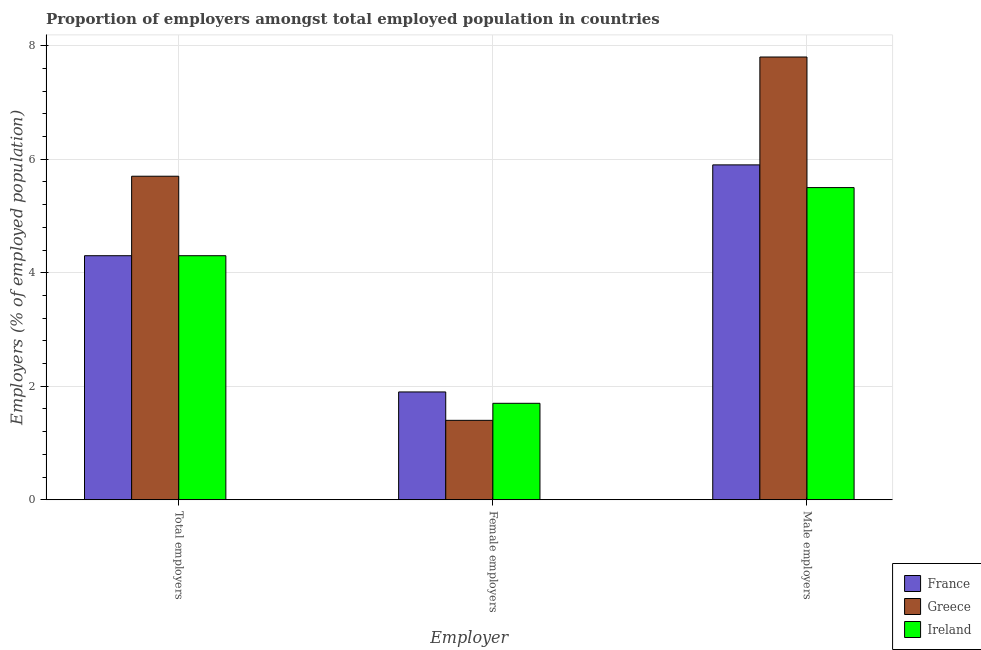
| Employer | France | Greece | Ireland |
 | --- | --- | --- | --- |
 | Total employers | 4.3 | 5.7 | 4.3 |
 | Female employers | 1.9 | 1.4 | 1.7 |
 | Male employers | 5.9 | 7.8 | 5.5 |